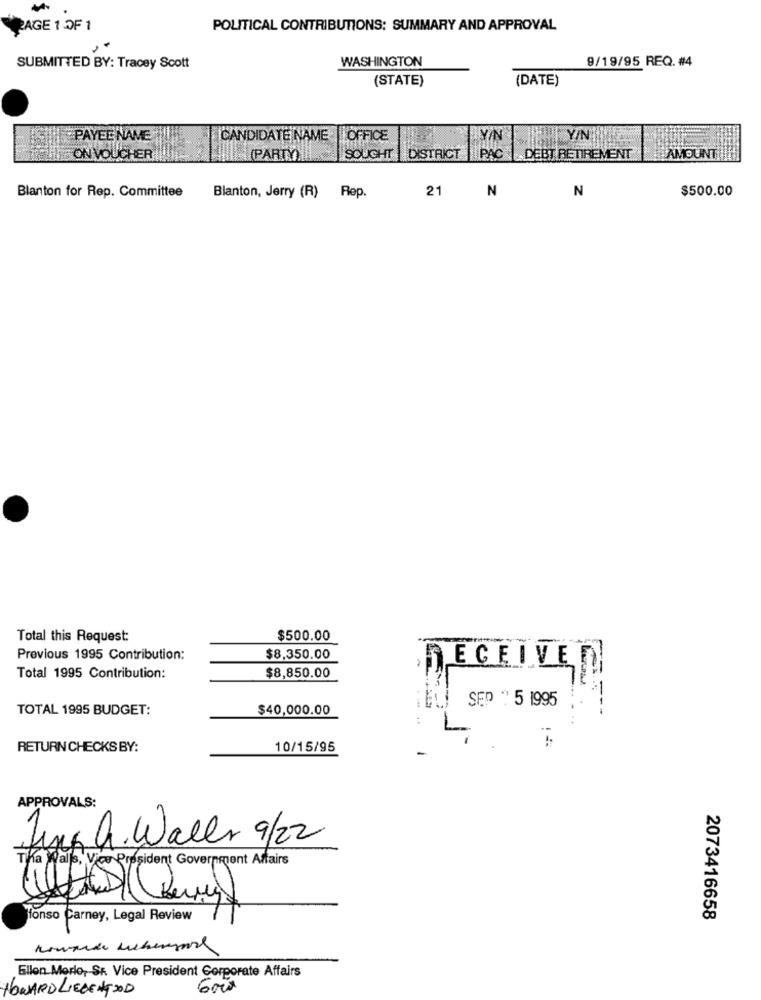
-
PAGE 1 OF 1
POLITICAL CONTRIBUTIONS: SUMMARY AND APPROVAL
WASHINGTON
9/19/95 REQ. #4
SUBMITTED BY: Tracey Scott
(STATE)
(DATE)
PAYEE NAME
CANDIDATE NAME
OFFICE
YIN
Y/N
ON VOUCHER
(PART)
SOUGHT
DISTRICT
PAC | DEBT RETIREMENT
AMOUNT
N
$500.00
Blanton for Rep. Committee
Blanton, Jerry (R) Rep.
21
N
Total this Request:
$500.00
Previous 1995 Contribution:
$8,350.00
$8,850.00
ECEIVED
Total 1995 Contribution:
TOTAL 1995 BUDGET:
$40,000.00
SEP " 5 1995
=--
RETURN CHECKS BY:
10/15/95
APPROVALS:
Jung h. Waller 9/22
Tha Walls, Vice President Government Affairs
fonso Carney, Legal Review
2073416658
Ellon Merle, Sr. Vice President Corporate Affairs
HOWARD LIEBENGOOD
6000